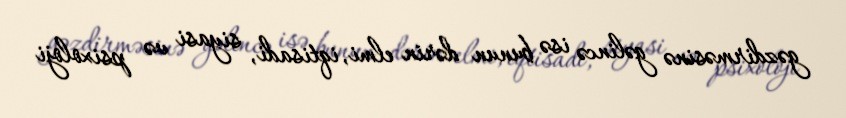
gəzdirməsinə gəlincə isə bunun dərin elmi, iqtisadi, siyasi və psixoloji